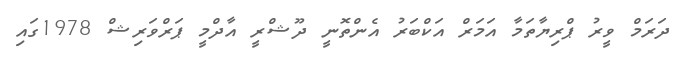
ދަރަމް ވީރު ޕްރިޔާތަމާ އަމަރް އަކްބަރު އެންތޮނީ ދޫޝްރީ އާދްމީ ޕަރްވަރިޝް 1978ގައި